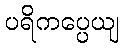
ပရိကပ္ပေယျ